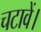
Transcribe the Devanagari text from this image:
चटावें।